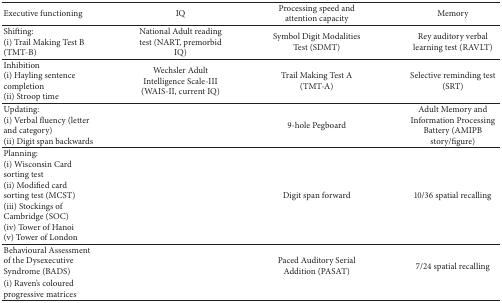
<table><thead><tr><td><b>Executive functioning </b></td><td><b>IQ</b></td><td><b>Processing speed and attention capacity</b></td><td><b>Memory</b></td></tr></thead><tbody><tr><td>Shifting:(i) Trail Making Test B (TMT-B)</td><td>National Adult reading test (NART, premorbid IQ)</td><td>Symbol Digit Modalities Test (SDMT)</td><td>Rey auditory verbal learning test (RAVLT)</td></tr><tr><td>Inhibition (i) Hayling sentence completion (ii) Stroop time</td><td>Wechsler Adult Intelligence Scale-III (WAIS-II, current IQ)</td><td>Trail Making Test A (TMT-A)</td><td>Selective reminding test (SRT)</td></tr><tr><td>Updating: (i) Verbal fluency (letter and category)(ii) Digit span backwards</td><td> </td><td>9-hole Pegboard</td><td>Adult Memory and Information Processing Battery (AMIPB story/figure)</td></tr><tr><td>Planning:(i) Wisconsin Card sorting test(ii) Modified card sorting test (MCST) (iii) Stockings of Cambridge (SOC)(iv) Tower of Hanoi(v) Tower of London</td><td> </td><td>Digit span forward</td><td>10/36 spatial recalling</td></tr><tr><td>Behavioural Assessment of the Dysexecutive Syndrome (BADS)</td><td rowspan="2"> </td><td rowspan="2">Paced Auditory Serial Addition (PASAT)</td><td rowspan="2">7/24 spatial recalling</td></tr><tr><td>(i) Raven&#x27;s coloured progressive matrices</td></tr></tbody></table>